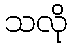
သလို